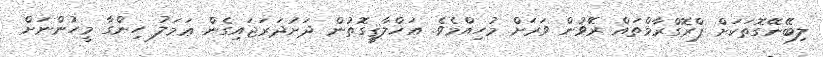
ލިބޭނޭގޮތަކަށް ޕްރޮގްރާމްތައް ރަޭވުން ވަރަށް މުހިއްމެވެ. އަޚްލާޤީގަޮތުން ދަށުދަރަޖައިގެން ޢަމަލު ހިންގާ މީހުންނަށް